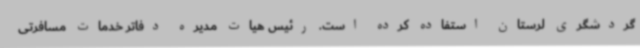
گردشگری لرستان استفاده کرده است. رئیس هیات مدیره دفاتر خدمات مسافرتی